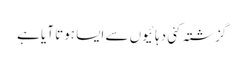
گزشتہ کئی دہائیوں سے ایسا ہوتا آیا ہے